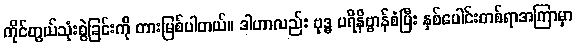
ကိုင်တွယ်သုံးစွဲခြင်းကို တားမြစ်ပါတယ်။ ဒါဟာလည်း ဗုဒ္ဓ ပရိနိဗ္ဗာန်စံပြီး နှစ်ပေါင်းတစ်ရာအကြာမှာ